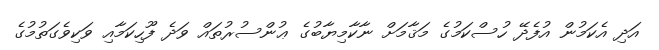
އަދި އެކަމުން އުފެދޭ ހުސްކަމުގެ މަޤާމަށް ނާކާމިޔާބުގެ ޢުންސުރުތައް ވަދެ ފޫހިކަމާއި ވަކިވެގަތުމުގެ